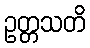
ဥတ္တသတိ